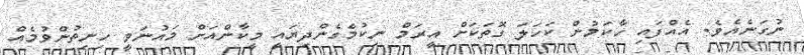
ނުގަނެއެވެ. އެއްފައި ހާކަމުން ކަހަލަ ގޮތަކަށް އީރަމް ނިކުމެގެންދިޔައީ މީކާންއަށް މައުނަވީ ހިނިތުންވުމެއް